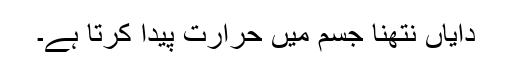
دایاں نتھنا جسم میں حرارت پیدا کرتا ہے۔